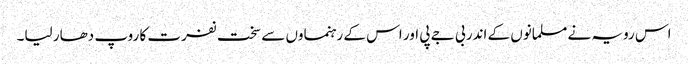
اس رویہ نے مسلمانوں کے اندر بی جے پی اور اس کے رہنماوں سے سخت نفرت کا روپ دھار لیا۔